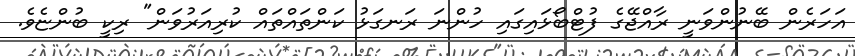
އަހަރެން ބޭނުންވަނީ ރާއްޖޭގެ ފުޓްބޯޅައިގައި ހުންނަ ރަނގަޅު ކަންތައްތައް ކުރިއަރުވަން" ރިކީ ބުންޏެވެ.